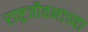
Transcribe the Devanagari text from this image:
राष्ट्रजीवनाच्या